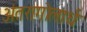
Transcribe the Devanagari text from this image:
अंतरागोलार्ध